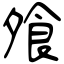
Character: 飧